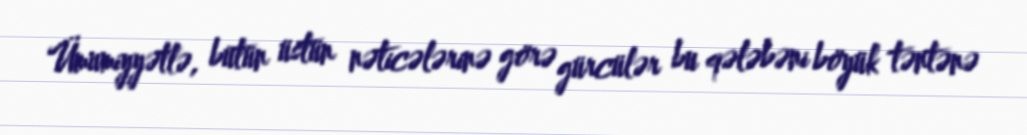
Ümumiyyətlə, bütün üstün nəticələrinə görə gürcülər bu qələbəni böyük təntənə